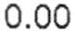
0.00